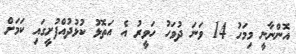
އޮންނާނީ މިމަހު 14 ވަނަ ދުވަހު ހަވީރު އެ އަތޮޅު ކުޅުދުއްފުށީގައި ކަމަށް